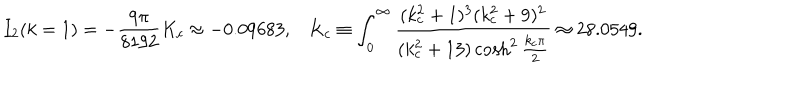
I _ { 2 } ( k = 1 ) = - \frac { 9 \pi } { 8 1 9 2 } K _ { c } \approx - 0 . 0 9 6 8 3 , K _ { c } \equiv \int _ { 0 } ^ { \infty } \frac { ( k _ { c } ^ { 2 } + 1 ) ^ { 3 } ( k _ { c } ^ { 2 } + 9 ) ^ { 2 } } { ( k _ { c } ^ { 2 } + 1 3 ) \cosh ^ { 2 } \frac { k _ { c } \pi } { 2 } } \approx 2 8 . 0 5 4 9 .